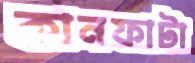
কানফাটা